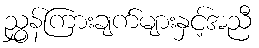
ညွှန်ကြားချက်များနှင့်အညီ